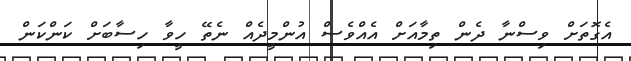
އެގޮތަށް ވިސްނާ ދެން ތިމާއަށް އެއްވެސް އުންމީދެއް ނެތޭ ހީވާ ހިސާބަށް ކަންކަން